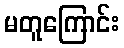
မတူကြောင်း